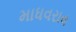
માધવરાવ